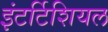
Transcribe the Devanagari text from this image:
इंटर्टिशियल